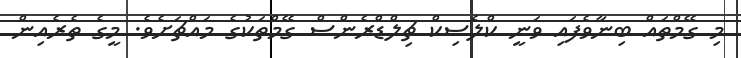
މި ގޭމްތައް ބިނާވެފައި ވަނީ ކްލެސިކް ޗިލްޑްރެންސް ގޭމްތަކުގެ މައްޗަށެވެ. މީގެ ތެރެއިން